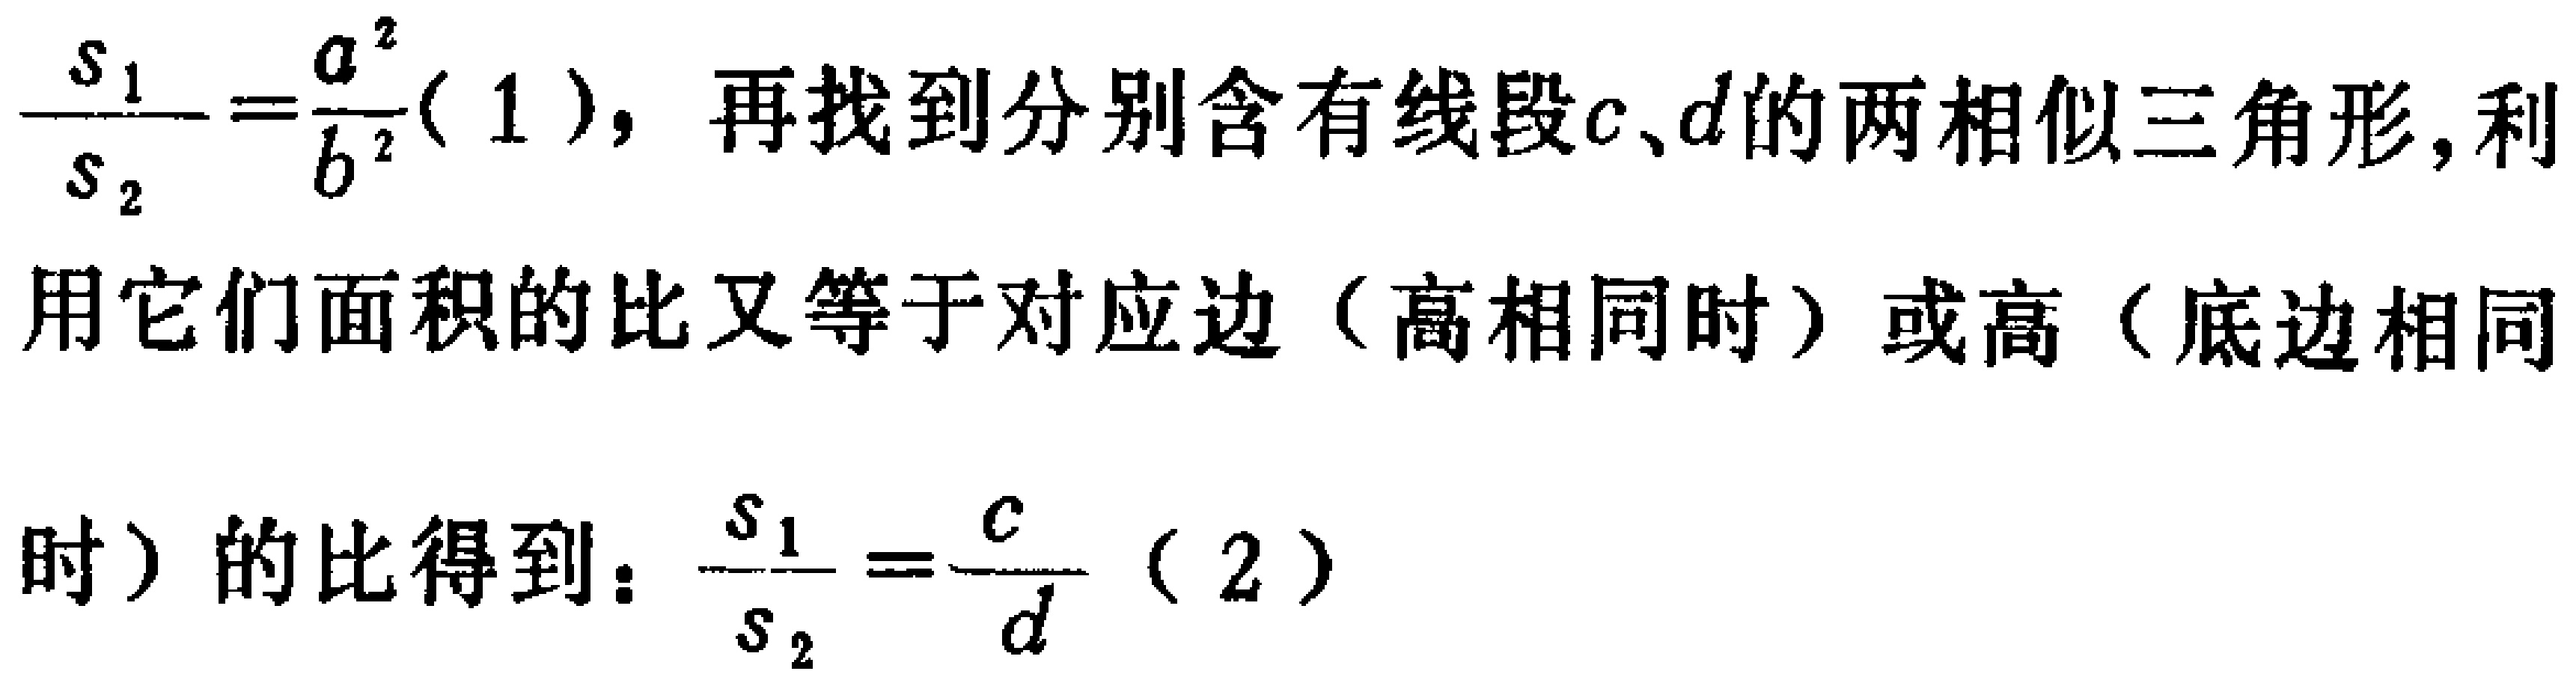
\(\frac{S_{1}}{S_{2}}=\frac{a^{2}}{b^{2}}(1)\)，再找到分别含有线段\(c、d\)的两相似三角形, 利用它们面积的比又等于对应边（高相同时）或高（底边相同时）的比得到：\(\frac{S_{1}}{S_{2}}=\frac{c}{d}(2)\)